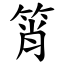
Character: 筲